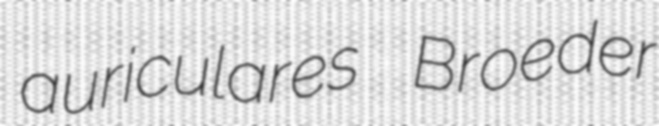
auriculares Broeder